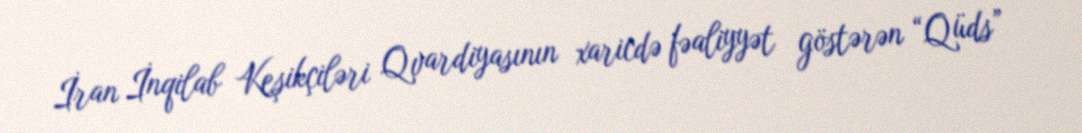
İran İnqilab Keşikçiləri Qvardiyasının xaricdə fəaliyyət göstərən “Qüds”